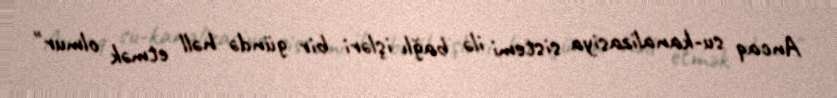
Ancaq su-kanalizasiya sistemi ilə bağlı işləri bir gündə həll etmək olmur"